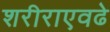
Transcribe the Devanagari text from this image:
शरीराएवढे